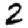
Digit: 2